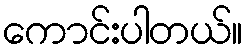
ကောင်းပါတယ်။